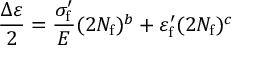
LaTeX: { \frac { \Delta \varepsilon } { 2 } } = { \frac { \sigma _ { \mathrm { f } } ^ { \prime } } { E } } ( 2 N _ { \mathrm { f } } ) ^ { b } + \varepsilon _ { \mathrm { f } } ^ { \prime } ( 2 N _ { \mathrm { f } } ) ^ { c }